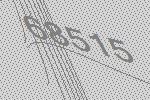
68515